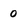
Character: 0